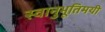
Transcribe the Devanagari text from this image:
स्वानुभूतिमयी